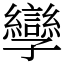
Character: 孿